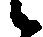
候